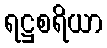
ရဋ္ဌစရိယာ